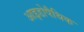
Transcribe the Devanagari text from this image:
आइडोपैथिक